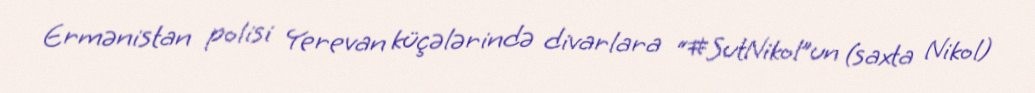
Ermənistan polisi Yerevan küçələrində divarlara “#SutNikol”un (saxta Nikol)